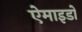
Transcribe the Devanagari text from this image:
ऐमाइडों